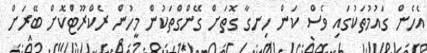
އެހެން ގައުމުތަކުގައި ވެސް ކަން ހިނގާ ގޮތަށް ގޭންގްތަކުން މީހުން ރެކްރޫޓުްކޮށް ބޭރަށް